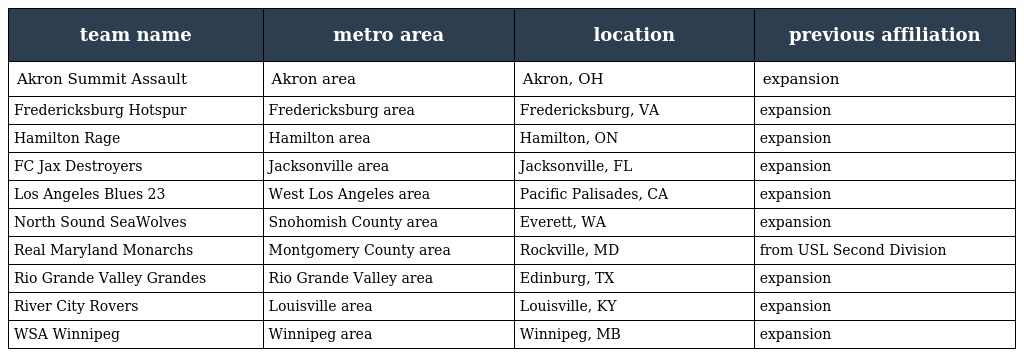
| team name | metro area | location | previous affiliation |
 | --- | --- | --- | --- |
 | Akron Summit Assault | Akron area | Akron, OH | expansion |
 | Fredericksburg Hotspur | Fredericksburg area | Fredericksburg, VA | expansion |
 | Hamilton Rage | Hamilton area | Hamilton, ON | expansion |
 | FC Jax Destroyers | Jacksonville area | Jacksonville, FL | expansion |
 | Los Angeles Blues 23 | West Los Angeles area | Pacific Palisades, CA | expansion |
 | North Sound SeaWolves | Snohomish County area | Everett, WA | expansion |
 | Real Maryland Monarchs | Montgomery County area | Rockville, MD | from USL Second Division |
 | Rio Grande Valley Grandes | Rio Grande Valley area | Edinburg, TX | expansion |
 | River City Rovers | Louisville area | Louisville, KY | expansion |
 | WSA Winnipeg | Winnipeg area | Winnipeg, MB | expansion |